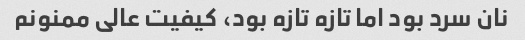
نان سرد بود اما تازه تازه بود، کیفیت عالی ممنونم